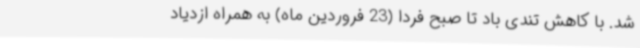
شد. با کاهش تندی باد تا صبح فردا (23 فروردین ماه) به همراه ازدیاد